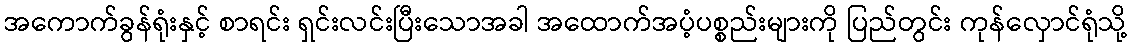
အကောက်ခွန်ရုံးနှင့် စာရင်း ရှင်းလင်းပြီးသောအခါ အထောက်အပံ့ပစ္စည်းများကို ပြည်တွင်း ကုန်လှောင်ရုံသို့